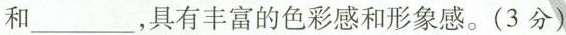
和___，具有丰富的色彩感和形象感。(3分)